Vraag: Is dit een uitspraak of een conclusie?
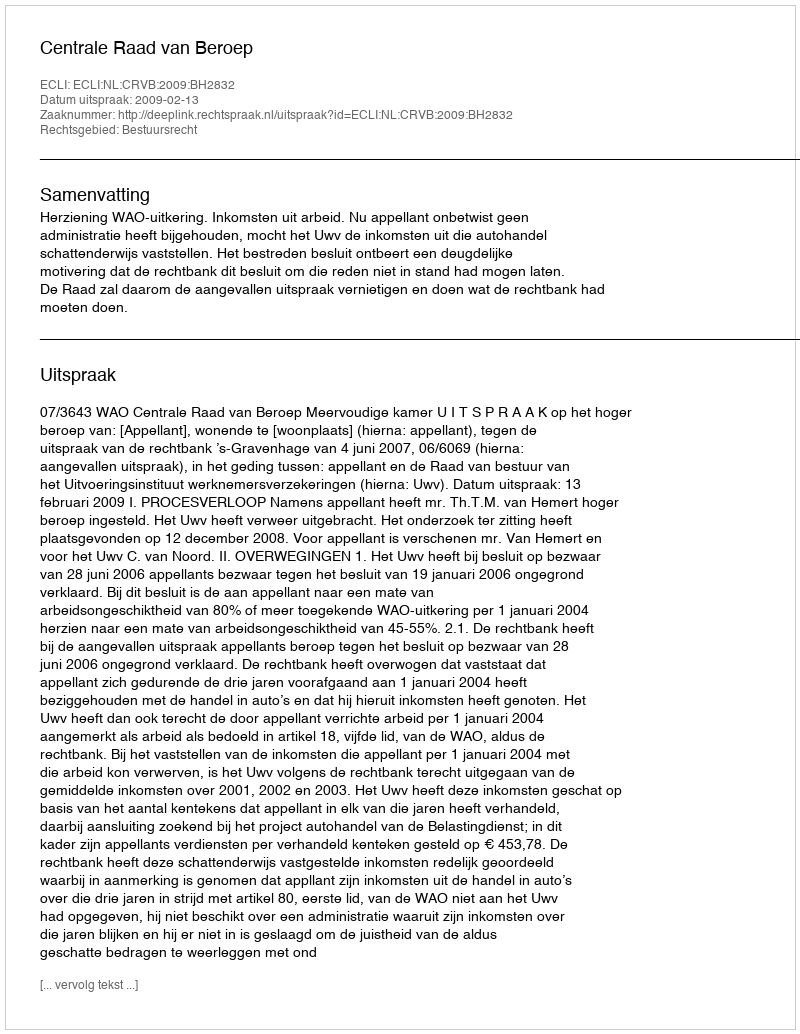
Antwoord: Uitspraak